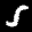
Label: 5